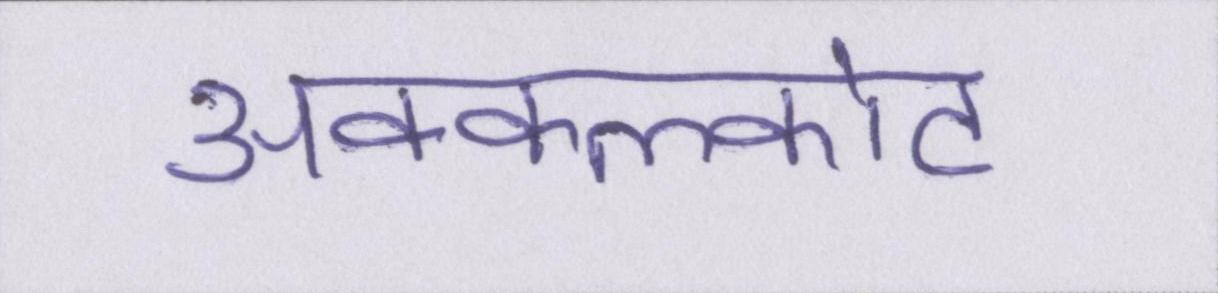
अक्कलकोट